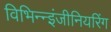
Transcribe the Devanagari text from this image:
विभिन्‍न्‍इंजीनियरिंग